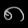
Digit: ၈